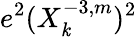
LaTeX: e^{2}(X_{\mathit{k}}^{-3,m})^{2}